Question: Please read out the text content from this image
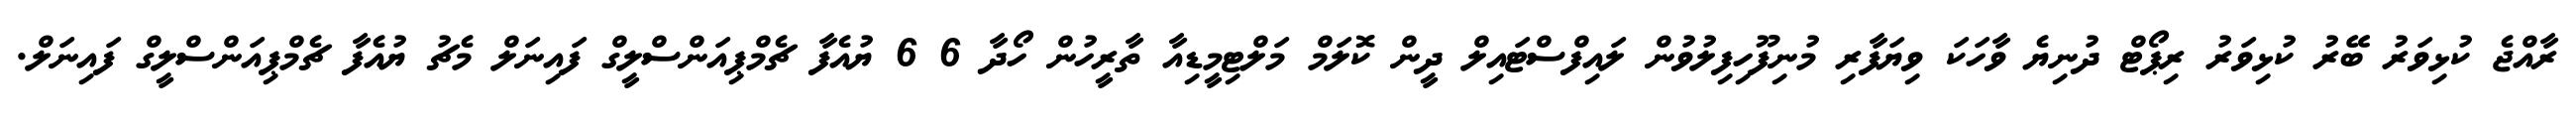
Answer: ރާއްޖެ ކުޅިވަރު ބޭރު ކުޅިވަރު ރިޕޯޓް ދުނިޔެ ވާހަކަ ވިޔަފާރި މުނިފޫހިފިލުވުން ލައިފްސްޓައިލް ދީން ކޮލަމް މަލްޓިމީޑިއާ ތާރީހުން ހޯދާ 6 6 ޔުއެފާ ޗެމްޕިއަންސްލީގް ފައިނަލް މެޗު ޔުއެފާ ޗެމްޕިއަންސްލީގް ފައިނަލް.